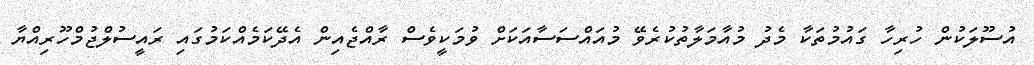
އުސޫލަކުން ހުރިހާ ގައުމުތަކާ މެދު މުއާމަލާތުކުރެވޭ މުއައްސަސާއަކަށް ވުމަކީވެސް ރާއްޖެއިން އެދޭކަމެއްކަމުގައި ރައީސުލްޖުމްހޫރިއްޔާ